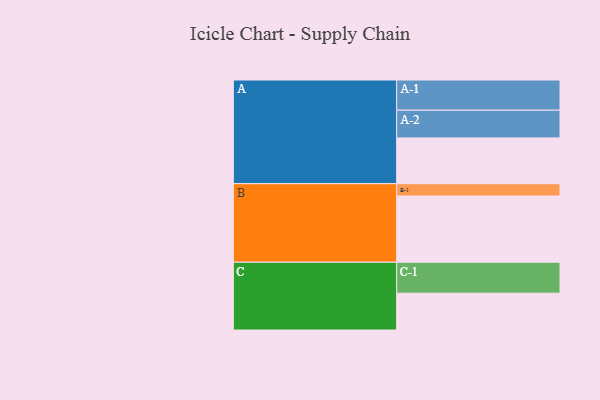
{"axis": {"x": "Segment", "y": "Value"}, "legend": ["", "A", "B", "C"], "data": [{"x": "A", "y": 391, "type": ""}, {"x": "B", "y": 566, "type": ""}, {"x": "C", "y": 315, "type": ""}, {"x": "A-1", "y": 258, "type": "A"}, {"x": "A-2", "y": 237, "type": "A"}, {"x": "B-1", "y": 105, "type": "B"}, {"x": "C-1", "y": 264, "type": "C"}]}